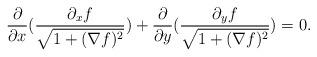
LaTeX: \begin{align*}\frac{\partial}{\partial x}(\frac{\partial_x f}{\sqrt{1+(\nabla f)^2}}) + \frac{\partial}{\partial y}(\frac{\partial_y f}{\sqrt{1+(\nabla f)^2}}) =0.\end{align*}